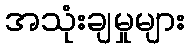
အသုံးချမှုများ